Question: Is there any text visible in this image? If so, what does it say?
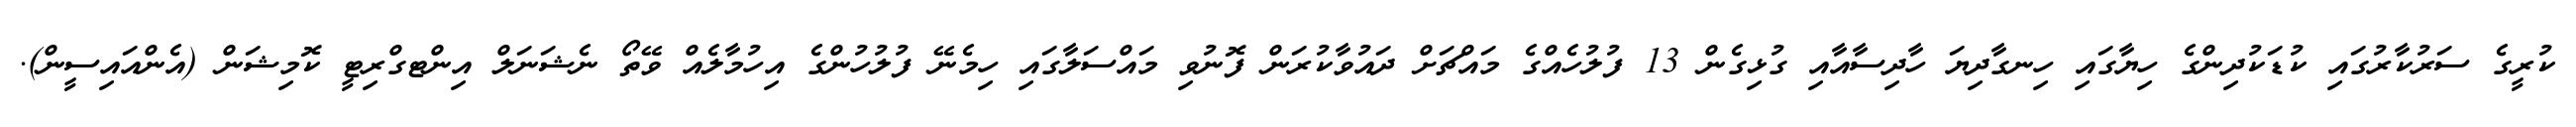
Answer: ކުރީގެ ސަރުކާރުގައި ކުޑަކުދިންގެ ހިޔާގައި ހިނގާދިޔަ ހާދިސާއާއި ގުޅިގެން 13 ފުލުހެއްގެ މައްޗަށް ދައުވާކުރަން ފޮނުވި މައްސަލާގައި ހިމެނޭ ފުލުހުންގެ އިހުމާލެއް ވޭތޯ ނެޝަނަލް އިންޓގްރިޓީ ކޮމިޝަން (އެންއައިސީން).